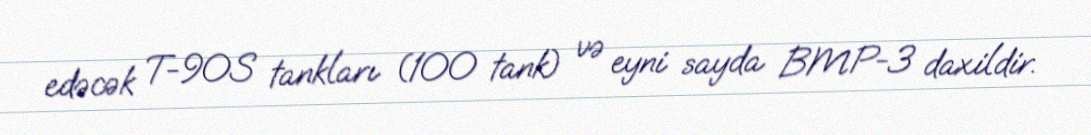
edəcək T-90S tankları (100 tank) və eyni sayda BMP-3 daxildir.